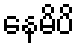
နေမိပိ